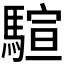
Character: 𱄨